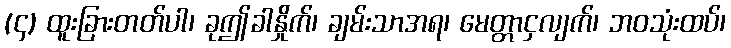
(၄) ထူးခြားတတ်ပါ၊ ခုဤခါနှိုက်၊ ချမ်းသာအရ၊ မေတ္တာငှလျက်၊ ဘဝသုံးထပ်၊